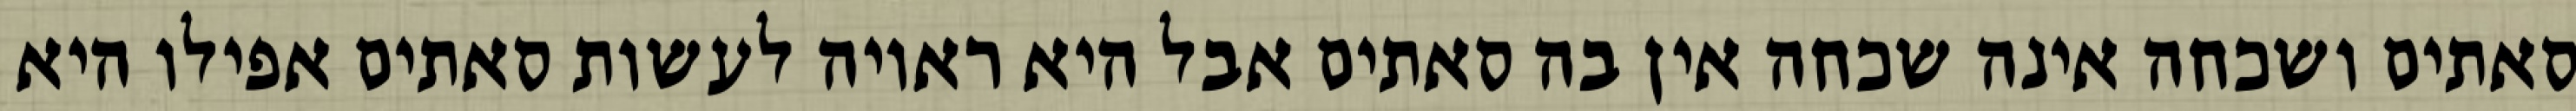
סאתים ושכחה אינה שכחה אין בה סאתים אבל היא ראויה לעשות סאתים אפילו היא